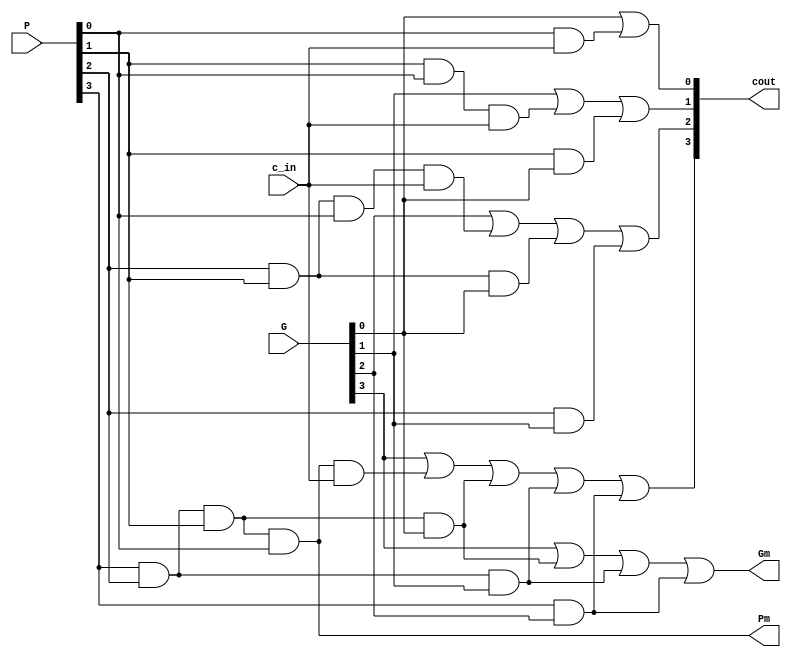
`timescale 1ns / 1ps
//////////////////////////////////////////////////////////////////////////////////
// Company: 
// 
// Design Name: 
// Module Name: CLA_4
// Project Name: 
// Target Devices: 
// Tool Versions: 
// Description: 
// 
// Dependencies: 
// 
// Revision:
// Revision 0.01 - File Created
// Additional Comments:
// 
//////////////////////////////////////////////////////////////////////////////////


module CLA_4(
    P, G, c_in, cout, Gm, Pm
);

input [3:0] P;
input [3:0] G;
input c_in;
output [3:0] cout;
output Gm;
output Pm;

wire [3:0] P;
wire [3:0] G;
wire c_in;
wire [3:0] cout;
wire Gm;
wire Pm;

wire now1, now2, now3, now4, now5, now6, now7, now8, now9, now10;
and a_1(now1 ,P[0], c_in);
or a_2(cout[0], G[0], now1);
and a_4(now2, P[1], P[0], c_in);
and a_5(now3, P[1], G[0]);
or a_6(cout[1], G[1], now2, now3);
and a_8(now4, P[2], P[1], P[0], c_in);
and a_9(now5, P[2], P[1], G[0]);
and a_10(now6, P[2], G[1]);
or a_11(cout[2], G[2], now4, now5, now6);
and a_13(now7, P[3], P[2], P[1], P[0], c_in);
and a_14(now8, P[3], P[2], P[1], G[0]);
and a_15(now9, P[3], P[2], G[1]);
and a_16(now10, P[3], G[2]);
or a_17(cout[3], G[3], now7, now8, now9, now10);
or a_19(Gm, G[3], now8, now9, now10);
and a_20(Pm, P[3], P[2], P[1], P[0]);
endmodule